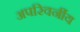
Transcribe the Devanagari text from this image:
अपरिवर्नीय